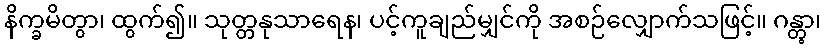
နိက္ခမိတွာ၊ ထွက်၍။ သုတ္တနုသာရေန၊ ပင့်ကူချည်မျှင်ကို အစဉ်လျှောက်သဖြင့်။ ဂန္တွာ၊